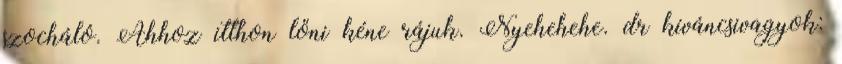
szocháló. Ahhoz itthon lőni kéne rájuk. Nyehehehe. dr kíváncsivagyok: